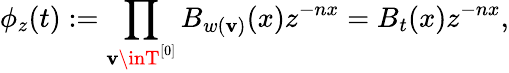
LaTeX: \phi_{z}(t):=\prod_{\mathbf{v}\inT^{[0]}}B_{w(\mathbf{v})}(x)z^{-nx}=B_{t}(x)z^{-nx},